Senior Leaving Certificate Examination (including Day School Certificate (Higher) General paper), 1947
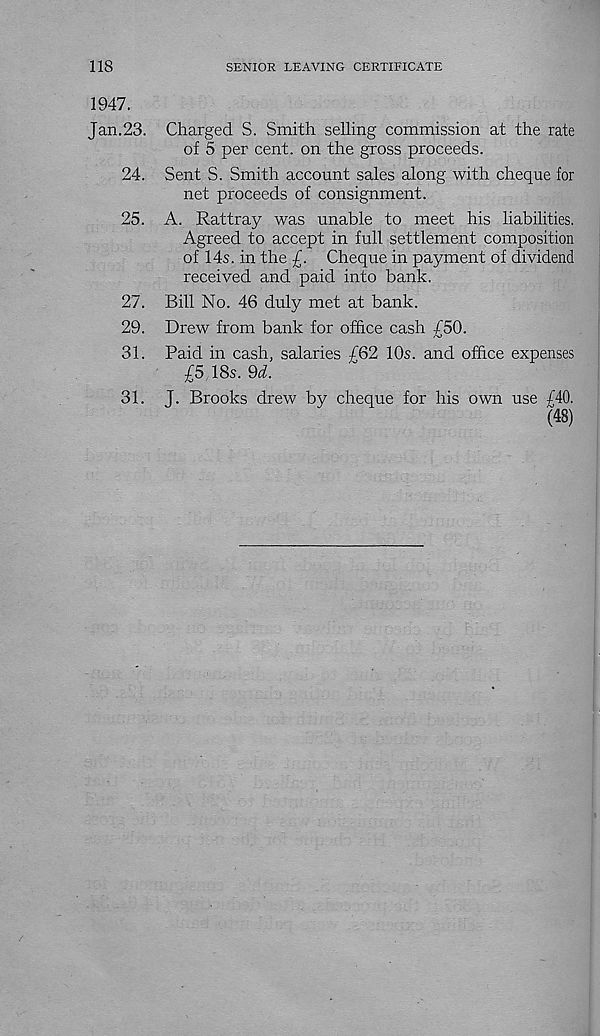
SENIOR LEAVING CERTIFICATE
1947.
Jan.23. Charged S. Smith selling commission at the rate
of 5 per cent, on the gross proceeds.
24. Sent S. Smith account sales along with cheque for
net proceeds of consignment.
25. A. Rattray was unable to meet his liabilities.
Agreed to accept in full settlement composition
of 14s. in the ■£. Cheque in payment of dividend
received and paid into bank.
27. Bill No. 46 duly met at bank.
29. Drew from bank for office cash £50.
31. Paid in cash, salaries £62 10s. and office expenses
£5 18s. Qd.
31. J. Brooks drew by cheque for his own use £40.
(48)